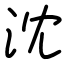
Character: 沈